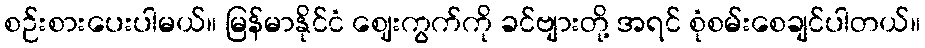
စဉ်းစားပေးပါမယ်။ မြန်မာနိုင်ငံ ဈေးကွက်ကို ခင်ဗျားတို့ အရင် စုံစမ်းစေချင်ပါတယ်။